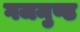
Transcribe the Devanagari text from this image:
गजमुण्ड